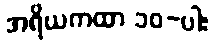
အရိယကထာ ၁၀-ပါး